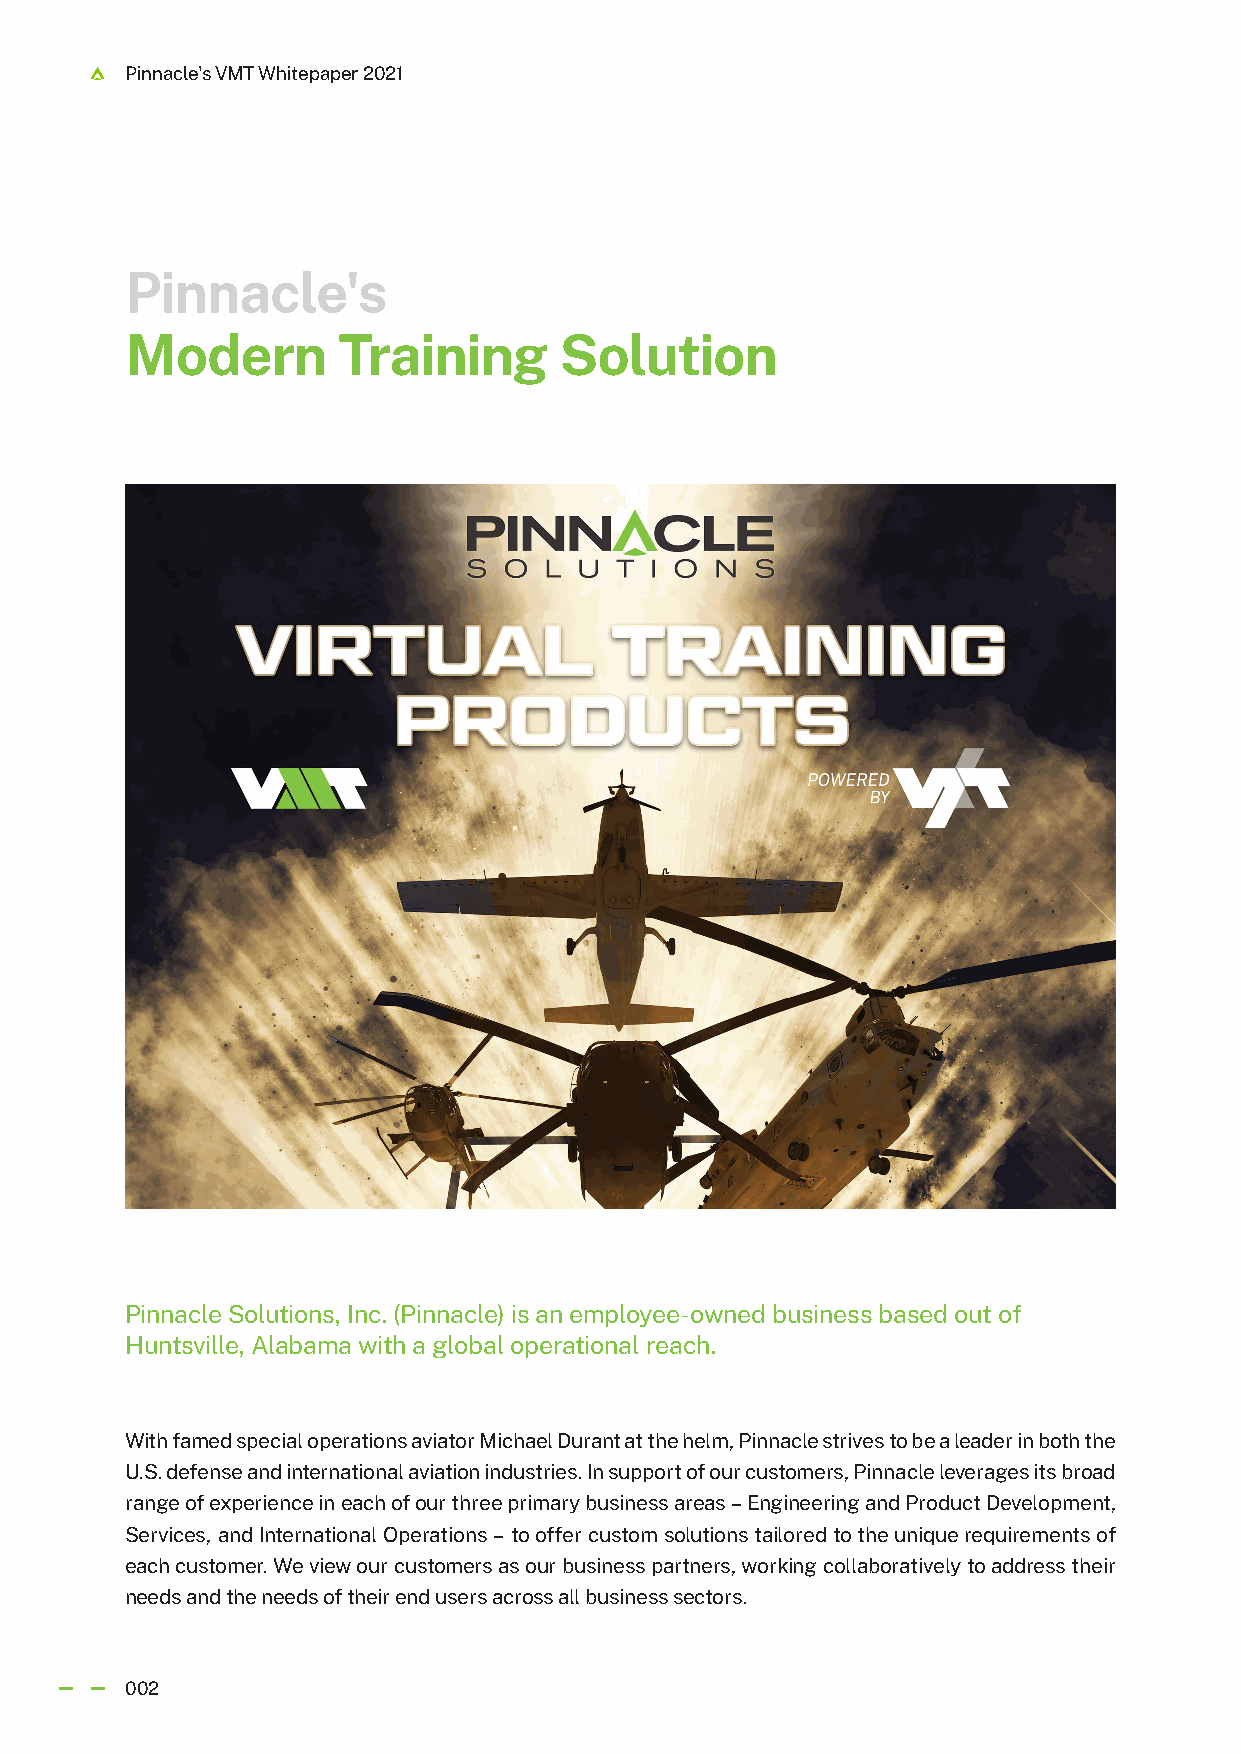
Pinnacle's VMT Whitepaper 2021
 Pinnacle's
 Modern        Training       Solution
 Pinnacle Solutions, Inc. (Pinnacle) is an employee-owned business based out of
 Huntsville, Alabama with a global operational reach.
 With famed special operations aviator Michael Durant at the helm, Pinnacle strives to be a leader in both the
 U.S. defense and international aviation industries. In support of our customers, Pinnacle leverages its broad
 range of experience in each of our three primary business areas – Engineering and Product Development,
 Services, and International Operations – to offer custom solutions tailored to the unique requirements of
 each customer. We view our customers as our business partners, working collaboratively to address their
 needs and the needs of their end users across all business sectors.
 002